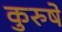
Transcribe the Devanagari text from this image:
कुरुषे